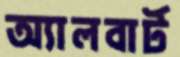
অ্যালবার্ট